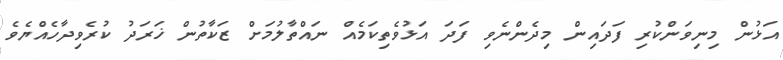
އަޅުން މިނިވަންކުރި ފަދައިން މިދެންނެވި ފަދަ އަޅުވެތިކަމެއް ނައްތާލުމަށް ޒަކާތުން ޚަރަދު ކުރެވިދާހެއްޔެވެ